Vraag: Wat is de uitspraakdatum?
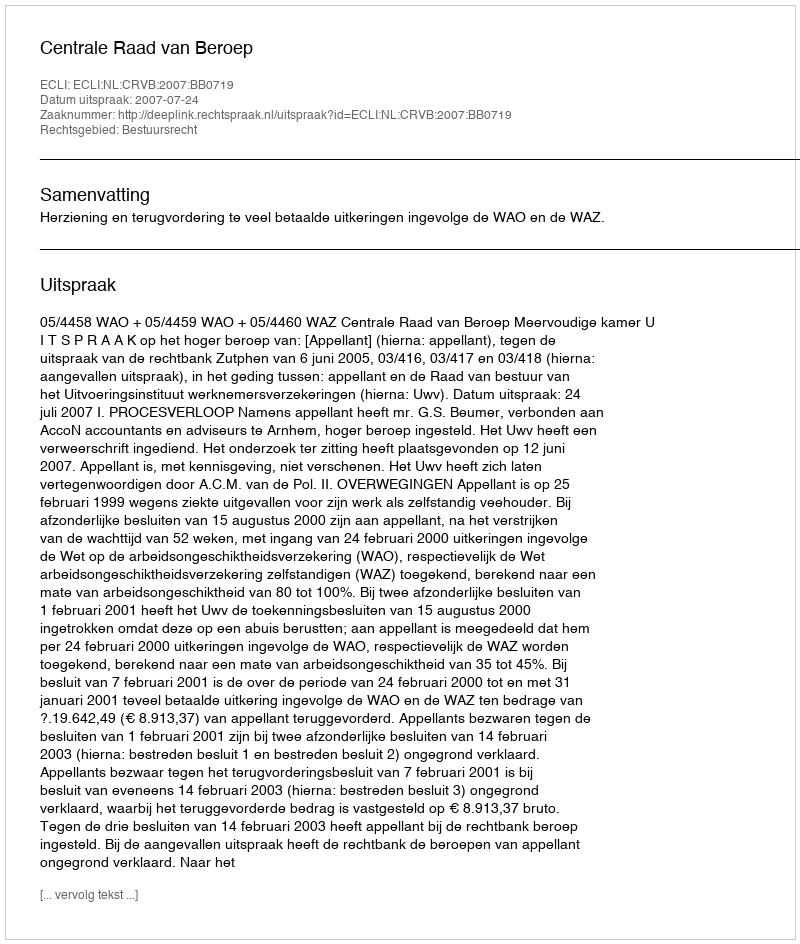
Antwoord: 2007-07-24